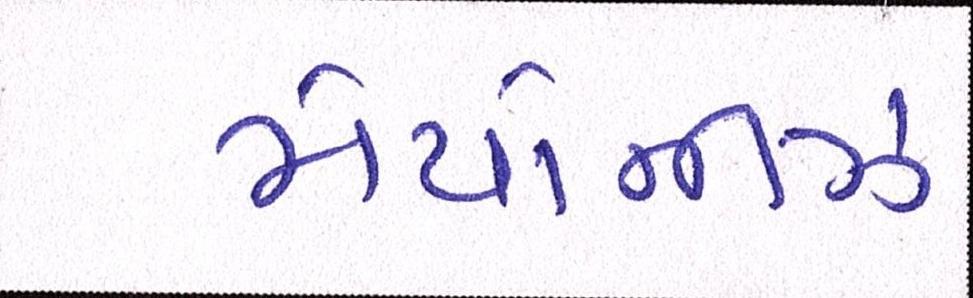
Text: મેયોનીઝ